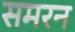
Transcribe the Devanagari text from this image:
समरन